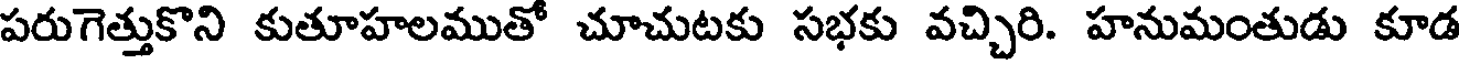
పరుగెత్తుకొని కుతూహలముతో చూచుటకు సభకు వచ్చిరి. హనుమంతుడు కూడ